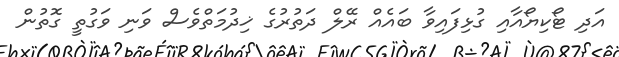
އަދި ޓޯކިޔޯއާއި ގުޅިފައިވާ ބައެއް ރޭލް ދަތުރުގެ ޚިދުމަތްވެސް ވަނި ވަގުތީ ގޮތުން